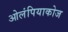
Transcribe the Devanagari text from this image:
ओलंपियाकोज